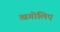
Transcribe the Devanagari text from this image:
खगोलिए